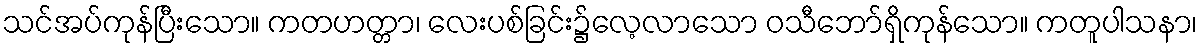
သင်အပ်ကုန်ပြီးသော။ ကတဟတ္တာ၊ လေးပစ်ခြင်း၌လေ့လာသော ဝသီဘော်ရှိကုန်သော။ ကတူပါသနာ၊